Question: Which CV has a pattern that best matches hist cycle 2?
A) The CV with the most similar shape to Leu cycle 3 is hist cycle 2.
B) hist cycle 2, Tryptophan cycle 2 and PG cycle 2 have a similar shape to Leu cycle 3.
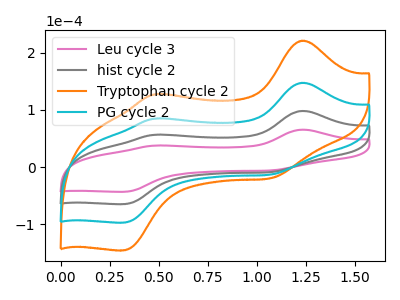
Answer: <think>The pink curve "Leu cycle 3" has anodic peaks at (1.25V, 65.55uA) (0.50V, 37.75uA) and cathodic peaks at (1.05V, -5.70uA) (0.30V, -43.15uA). The gray curve "hist cycle 2" has anodic peaks at (1.25V, 98.35uA) (0.50V, 56.65uA) and cathodic peaks at (1.05V, -8.55uA) (0.30V, -64.75uA). The orange curve "Tryptophan cycle 2" has anodic peaks at (1.25V, 295.00uA) (0.50V, 169.90uA) and cathodic peaks at (1.05V, -25.65uA) (0.30V, -194.20uA). The cyan curve "PG cycle 2" has anodic peaks at (1.25V, 196.70uA) (0.50V, 113.25uA) and cathodic peaks at (1.05V, -17.10uA) (0.30V, -129.50uA).
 All the peaks in "Leu cycle 3" have a peak in "hist cycle 2" at the same potential. Every peak in "Leu cycle 3" is lower than every peak in "hist cycle 2". All the peaks in "Leu cycle 3" have a peak in "Tryptophan cycle 2" at the same potential. Every peak in "Leu cycle 3" is lower than every peak in "Tryptophan cycle 2". All the peaks in "Leu cycle 3" have a peak in "PG cycle 2" at the same potential. Every peak in "Leu cycle 3" is lower than every peak in "PG cycle 2". All the peaks in "hist cycle 2" have a peak in "Tryptophan cycle 2" at the same potential. Every peak in "hist cycle 2" is lower than every peak in "Tryptophan cycle 2". All the peaks in "hist cycle 2" have a peak in "PG cycle 2" at the same potential. Every peak in "hist cycle 2" is lower than every peak in "PG cycle 2". All the peaks in "Tryptophan cycle 2" have a peak in "PG cycle 2" at the same potential. Every peak in "Tryptophan cycle 2" is higher than every peak in "PG cycle 2".</think>
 <answer>B) "hist cycle 2", "Tryptophan cycle 2" and "PG cycle 2" have a similar shape to "Leu cycle 3".</answer>
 <eval>B</eval>